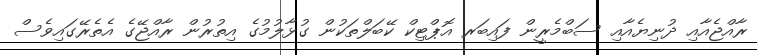
ރާއްޖެއާއި ދުނިޔެއާއި ސަބްމެރީން ފައިބަރ އޮޕްޓިކް ކޭބަލްތަކުން ގުޅާލުމުގެ އިތުރުން ރާއްޖޭގެ އެތެރޭގައިވެސް